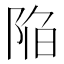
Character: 陥